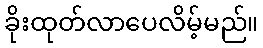
ခိုးထုတ်လာပေလိမ့်မည်။